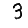
Digit: 3